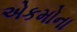
એકમોના